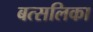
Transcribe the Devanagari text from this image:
बत्सलिका